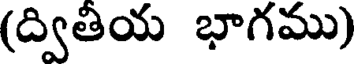
(ద్వితియ భాగము)